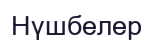
Нүшбелер